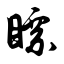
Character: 瞟